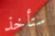
ستأخذ